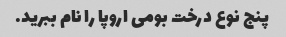
پنج نوع درخت بومی اروپا را نام ببرید.